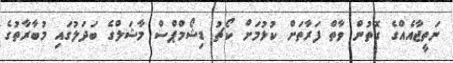
ނަތީޖާއެއްގެ ގޮތުން ވާތް ފަރާތަށް ކުޅުމަށް ކޯޗު ޑިޝޯމްޕްސް މާޝަލްގެ ބަދަލުގައި މުބާރާތުގެ